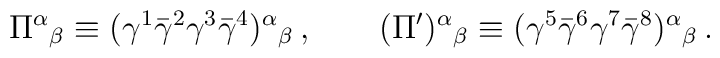
\Pi^\alpha{}_\beta \equiv(\gamma^1\bar{\gamma}^2\gamma^3\bar{\gamma}^4)^\alpha{}_\beta\,,\qquad (\Pi^\prime)^\alpha{}_\beta \equiv(\gamma^5\bar{\gamma}^6\gamma^7\bar{\gamma}^8)^\alpha{}_\beta\,.